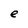
Character: e